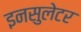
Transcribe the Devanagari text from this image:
इनसुलेटर